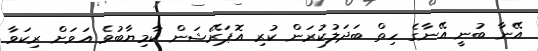
އޭނާ ބުނީ އޭނާގެ ހިތް ބަދަލުކުރަން ކުރި އޮޕަރޭޝަން ކާމިޔާބުވެ އަވަށް ރިކަވާ